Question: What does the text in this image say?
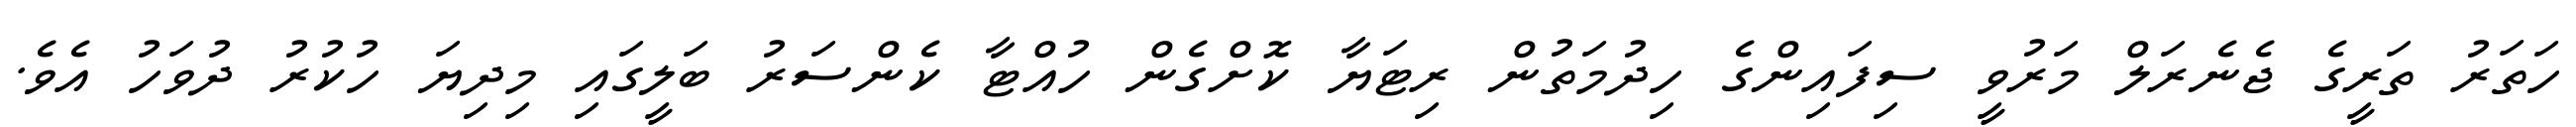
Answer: ހަތަރު ތަރީގެ ޖެނެރަލް މަރުވީ ސިފައިންގެ ހިދުމަތުން ރިޓަޔާ ކޮށްގެން ހުއްޓާ ކެންސަރު ބަލީގައި މިދިޔަ ހުކުރު ދުވަހު އެވެ.